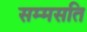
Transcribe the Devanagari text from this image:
सम्मसति